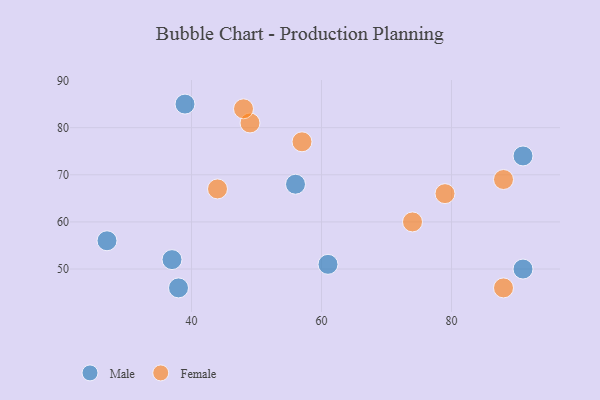
{"axis": {"x": "GDP", "y": "Life Expectancy"}, "legend": ["Female", "Male"], "data": [{"x": "39", "y": 85, "type": "Male"}, {"x": "38", "y": 46, "type": "Male"}, {"x": "27", "y": 56, "type": "Male"}, {"x": "61", "y": 51, "type": "Male"}, {"x": "56", "y": 68, "type": "Male"}, {"x": "91", "y": 50, "type": "Male"}, {"x": "91", "y": 74, "type": "Male"}, {"x": "37", "y": 52, "type": "Male"}, {"x": "88", "y": 46, "type": "Female"}, {"x": "49", "y": 81, "type": "Female"}, {"x": "48", "y": 84, "type": "Female"}, {"x": "44", "y": 67, "type": "Female"}, {"x": "88", "y": 69, "type": "Female"}, {"x": "79", "y": 66, "type": "Female"}, {"x": "74", "y": 60, "type": "Female"}, {"x": "57", "y": 77, "type": "Female"}]}